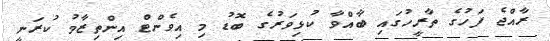
ރާއްޖެ ފަހުގެ ތާރީހުގައި ބާއްވާ ކުޅިވަރުގެ ބޮޑު މި އިވެންޓް އިންތިޒާމު ކުރަނީ